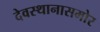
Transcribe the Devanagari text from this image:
देवस्थानासमोर